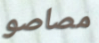
مصاصو